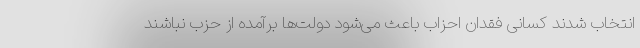
انتخاب شدند کسانی فقدان احزاب باعث می‌شود دولت‌ها برآمده از حزب نباشند